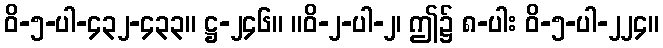
ဝိ-၅-ပါ-၄၃၂-၄၃၃။ ဋ္ဌ-၂၄၆။ ။ဝိ-၂-ပါ-၂၊ ဤ၌ ၈-ပါး ဝိ-၅-ပါ-၂၂၄။